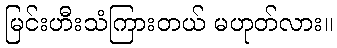
မြင်းဟီးသံကြားတယ် မဟုတ်လား။